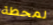
لمحطة